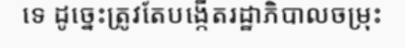
ទេ ដូច្នេះត្រូវតែបង្កើតរដ្ឋាភិបាលចម្រុះ